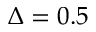
\Delta = 0 . 5